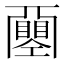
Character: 𢀰